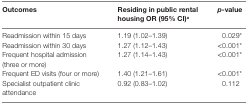
<table><thead><tr><td><b>Outcomes</b></td><td><b>Residing in public rental housing OR (95% CI)<sup>a</sup></b></td><td><b><i>p</i>-value</b></td></tr></thead><tbody><tr><td>Readmission within 15 days</td><td>1.19 (1.02–1.39)</td><td>0.029*</td></tr><tr><td>Readmission within 30 days</td><td>1.27 (1.12–1.43)</td><td>&lt;0.001*</td></tr><tr><td>Frequent hospital admission (three or more)</td><td>1.27 (1.14–1.43)</td><td>&lt;0.001*</td></tr><tr><td>Frequent ED visits (four or more)</td><td>1.40 (1.21–1.61)</td><td>&lt;0.001*</td></tr><tr><td>Specialist outpatient clinic attendance</td><td>0.92 (0.83–1.02)</td><td>0.112</td></tr></tbody></table>